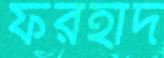
ফরহাদ